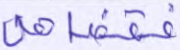
فقضاهن